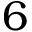
6